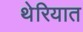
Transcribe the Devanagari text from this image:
थेरियात